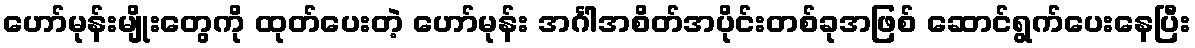
ဟော်မုန်းမျိုးတွေကို ထုတ်ပေးတဲ့ ဟော်မုန်း အင်္ဂါအစိတ်အပိုင်းတစ်ခုအဖြစ် ဆောင်ရွက်ပေးနေပြီး